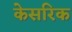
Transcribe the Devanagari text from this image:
केसरिक